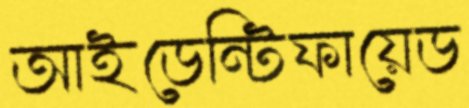
আইডেন্টিফায়েড